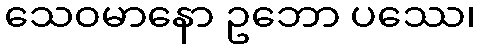
သေဝမာနော ဥဘော ပဿေ၊